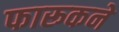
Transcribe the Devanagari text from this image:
फारूकने